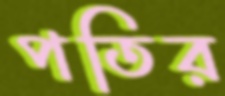
পতির